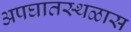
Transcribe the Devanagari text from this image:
अपघातस्थळास